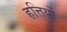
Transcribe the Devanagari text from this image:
हत्तियों